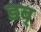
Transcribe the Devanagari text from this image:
डव्